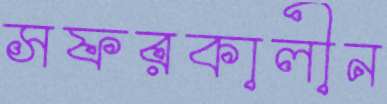
সফরকালীন